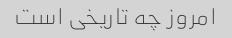
امروز چه تاریخی است